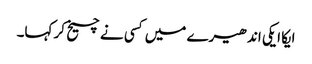
ایکا ایکی اندھیرے میں کسی نے چیخ کر کہا۔